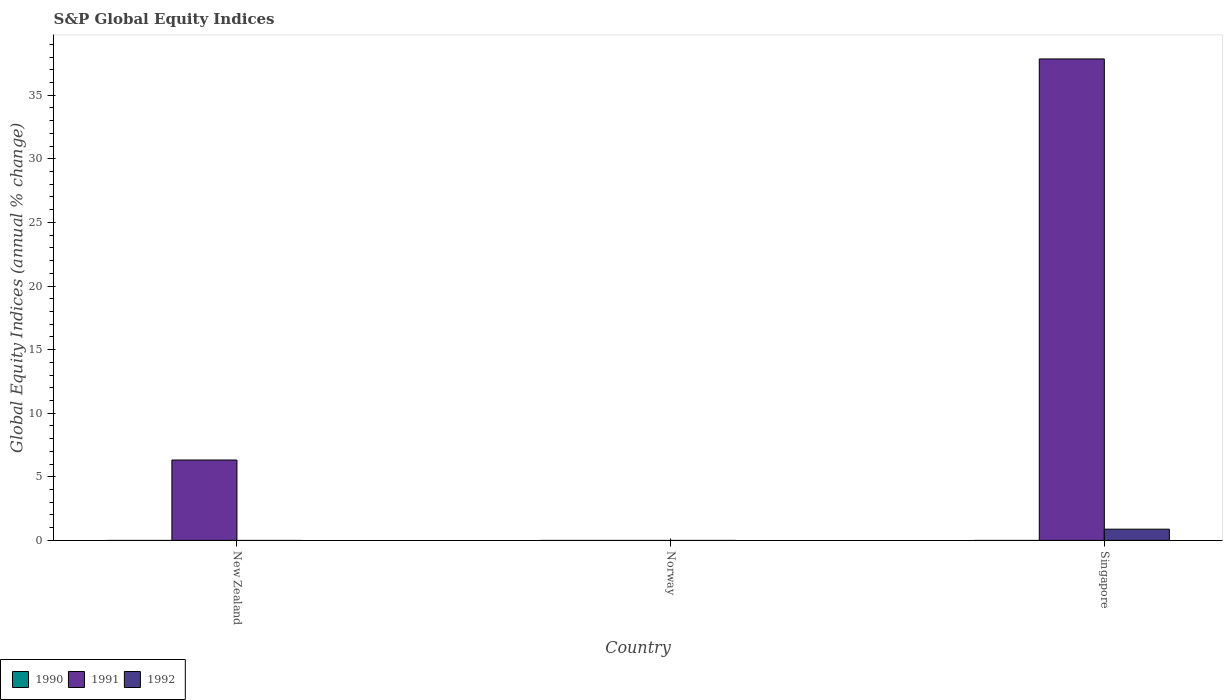
| Country | 1990 | 1991 | 1992 |
 | --- | --- | --- | --- |
 | New Zealand | -39.6 | 6.32 | -8.78 |
 | Norway | -7.17 | -10.4 | -23.7 |
 | Singapore | -12.4 | 37.9 | 0.881 |